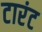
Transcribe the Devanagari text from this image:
टारंट